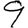
Digit: 9